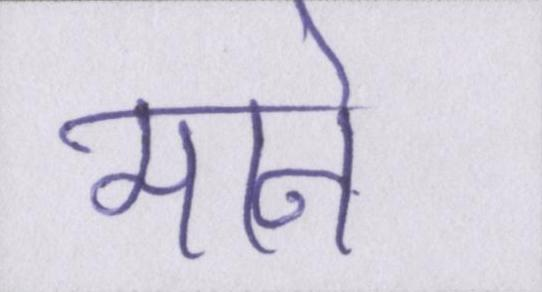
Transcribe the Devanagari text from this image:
माने